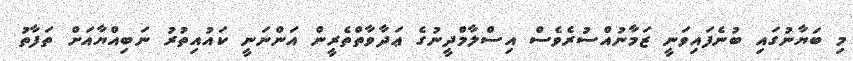
މި ބަޔާނުގައި ބުނެފައިވަނީ ޒަމާނުއްސުރެވެސް އިސްލާމްދީނުގެ ޢަދާވާތްތެރީން އަންނަނީ ކައުއިތުރު ނަބިއްޔާއަށް ތަފާތު